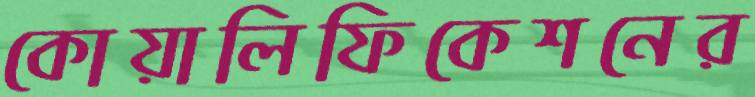
কোয়ালিফিকেশনের